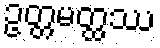
ဥတ္တမတ္ထဿ